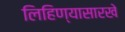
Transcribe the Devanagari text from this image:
लिहिण्यासारखे